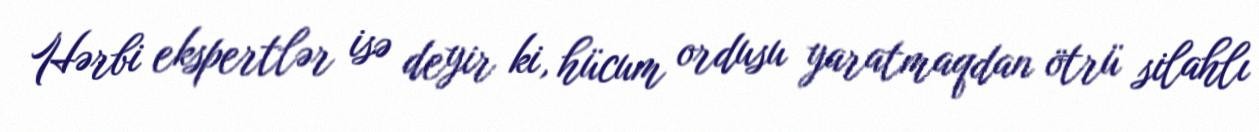
Hərbi ekspertlər isə deyir ki, hücum ordusu yaratmaqdan ötrü silahlı